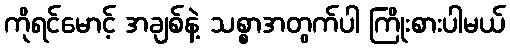
ကိုရင်မောင့် အချစ်နဲ့ သစ္စာအတွက်ပါ ကြိုးစားပါမယ်